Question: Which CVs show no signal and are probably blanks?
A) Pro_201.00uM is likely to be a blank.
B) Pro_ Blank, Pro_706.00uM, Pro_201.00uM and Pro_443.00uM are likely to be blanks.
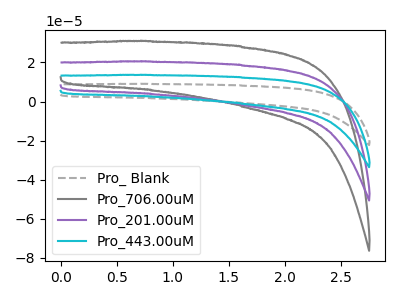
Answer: <think>The gray dashed curve "Pro_ Blank" has no peaks. The gray curve "Pro_706.00uM" has no peaks. The purple curve "Pro_201.00uM" has no peaks. The cyan curve "Pro_443.00uM" has no peaks.</think>
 <answer>B) "Pro_ Blank", "Pro_706.00uM", "Pro_201.00uM" and "Pro_443.00uM" are likely to be blanks.</answer>
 <eval>B</eval>